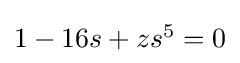
{\textstyle 1-16s+zs^{5}=0}